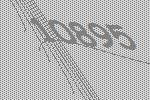
10895